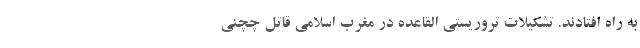
به راه افتادند. تشکیلات تروریستی القاعده در مغرب اسلامی قاتل چچنی